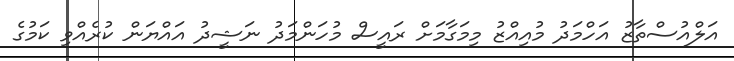
އަލްއުސްތާޒު އަހްމަދު މުއިއްޒު މިމަގާމަށް ރައީސް މުހަންމަދު ނަޝީދު އައްޔަން ކުރެއްވި ކަމުގެ